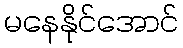
မနေနိုင်အောင်